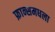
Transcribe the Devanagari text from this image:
फ्रान्समधला